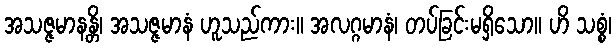
အသဇ္ဇမာနန္တိ၊ အသဇ္ဇမာနံ ဟူသည်ကား။ အလဂ္ဂမာနံ၊ တပ်ခြင်းမရှိသော။ ဟိ သစ္စံ၊